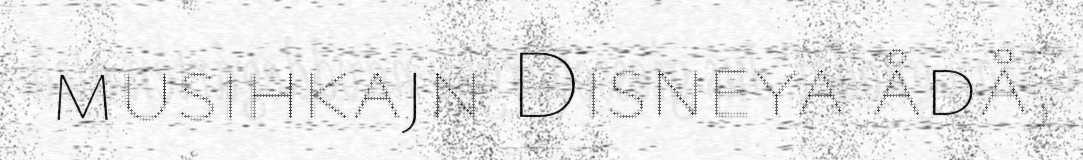
musihkajn Disneya ådå,